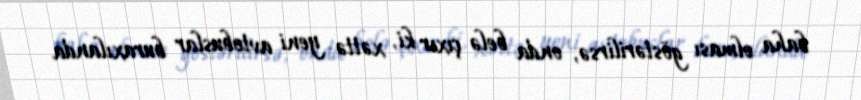
baha olması göstərilirsə, onda belə çıxır ki, xəttə yeni avtobuslar buraxılanda